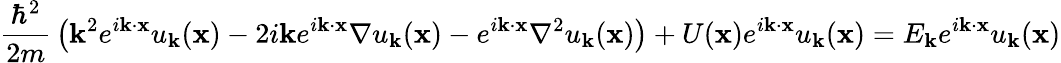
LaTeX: {\frac{\hbar^{2}}{2m}}\left(\mathbf{k}^{2}e^{i\mathbf{k}\cdot\mathbf{x}}u_{\mathbf{k}}(\mathbf{x})-2i\mathbf{k}e^{i\mathbf{k}\cdot\mathbf{x}}\nabla u_{\mathbf{k}}(\mathbf{x})-e^{i\mathbf{k}\cdot\mathbf{x}}\nabla^{2}u_{\mathbf{k}}(\mathbf{x})\right)+U(\mathbf{x})e^{i\mathbf{k}\cdot\mathbf{x}}u_{\mathbf{k}}(\mathbf{x})=E_{\mathbf{k}}e^{i\mathbf{k}\cdot\mathbf{x}}u_{\mathbf{k}}(\mathbf{x})